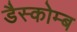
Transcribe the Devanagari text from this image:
डैस्कोम्ब